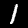
Label: 1